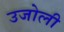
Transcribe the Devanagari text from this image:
उजोली